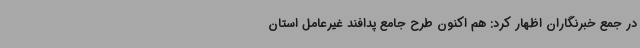
در جمع خبرنگاران اظهار کرد: هم اکنون طرح جامع پدافند غیرعامل استان